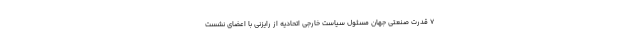
7 قدرت صنعتی جهان مسئول سیاست خارجی اتحادیه از رایزنی با اعضای نشست